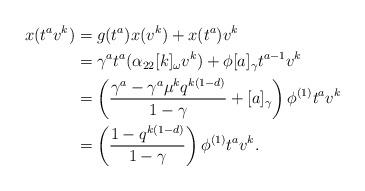
LaTeX: \begin{align*}x(t^av^k) &= g(t^a)x(v^k) + x(t^a)v^k \\ &= \gamma^a t^a ( \alpha_{22} [k]_\omega v^k) + \phi [a]_\gamma t^{a-1}v^k \\ &= \left( \frac{\gamma^a-\gamma^a\mu^k q^{k(1-d)}}{1-\gamma} + [a]_\gamma \right)\phi^{(1)} t^a v^k \\ &= \left( \frac{1-q^{k(1-d)}}{1-\gamma} \right)\phi^{(1)} t^a v^k.\end{align*}